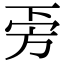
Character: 𣃟